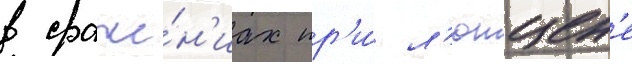
в сраже́н'иах пр'и́ л'ютцен'е